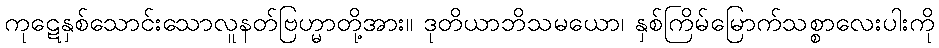
ကုဋေနှစ်သောင်းသောလူနတ်ဗြဟ္မာတို့အား။ ဒုတိယာဘိသမယော၊ နှစ်ကြိမ်မြောက်သစ္စာလေးပါးကို